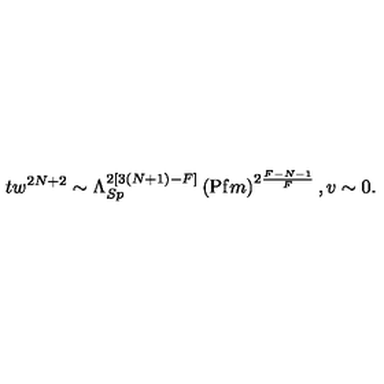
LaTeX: t w ^ { 2 N + 2 } \sim \Lambda _ { S p } ^ { 2 [ 3 ( N + 1 ) - F ] } \left( \mathrm { P f } m \right) ^ { 2 \frac { F - N - 1 } { F } } , v \sim 0 .